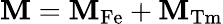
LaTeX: \mathbf{M}=\mathbf{M}_{\mathrm{Fe}}+\mathbf{M}_{\mathrm{Tm}}